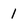
Character: 1